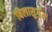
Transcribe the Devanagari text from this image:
बिलासुर्गम